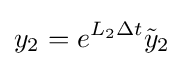
y_{2}=e^{L_{2}\Delta t}{\tilde {y}}_{2}